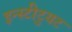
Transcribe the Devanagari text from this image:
इन्स्टीटुयट